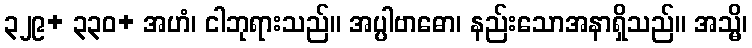
၃၂၉+ ၃၃၀+ အဟံ၊ ငါဘုရားသည်။ အပ္ပါဗာဓော၊ နည်းသောအနာရှိသည်။ အသ္မိ၊